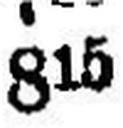
815